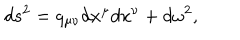
d s ^ { 2 } = q _ { \mu \nu } d x ^ { \mu } d x ^ { \nu } + d \omega ^ { 2 } ,